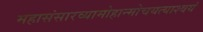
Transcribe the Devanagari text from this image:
महासंसारव्यामोहान्मोचयत्याश्‍वयं